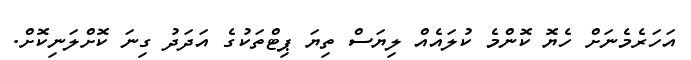
އަހަރެމެނަށް ހެޔޮ ކޮންމެ ކުލައެއް ލިޔަސް ތިޔަ ޕިޓްތަކުގެ އަދަދު ގިނަ ކޮށްލަނިކޮށް.